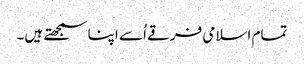
تمام اسلامی فرقے اُسے اپنا سمجھتے ہیں۔